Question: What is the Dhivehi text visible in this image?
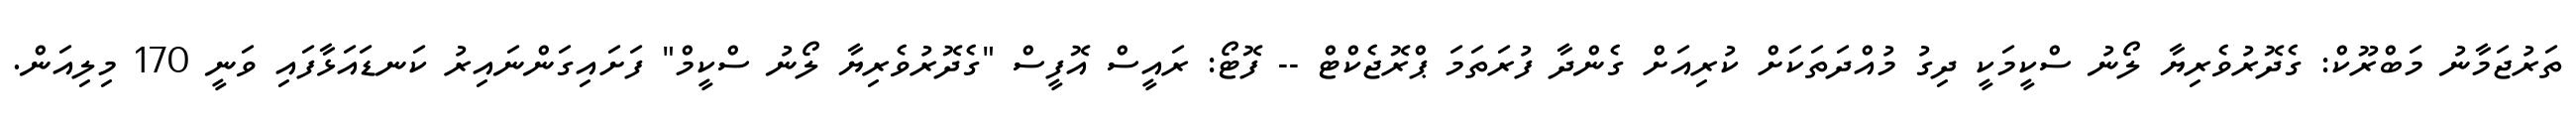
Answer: ތަރުޖަމާނު މަބްރޫކް: ގެދޮރުވެރިޔާ ލޯނު ސްކީމަކީ ދިގު މުއްދަތަކަށް ކުރިއަށް ގެންދާ ފުރަތަމަ ޕްރޮޖެކްޓް -- ފޮޓޯ: ރައީސް އޮފީސް "ގެދޮރުވެރިޔާ ލޯނު ސްކީމް" ފަށައިގަންނައިރު ކަނޑައަޅާފައި ވަނީ 170 މިލިއަން.